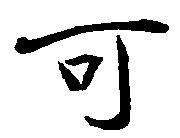
可